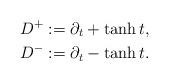
LaTeX: \begin{align*}D^+ &:=\partial_t+\tanh{t},\\D^- &:=\partial_t-\tanh{t}.\end{align*}